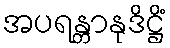
အပရန္တာနုဒိဋ္ဌိံ